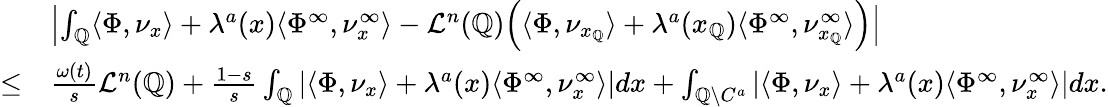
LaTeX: \begin{array}{rl}&{\left|\int_{\mathbb{Q}}\langle\Phi,\nu_{x}\rangle+\lambda^{a}(x)\langle\Phi^{\infty},\nu_{x}^{\infty}\rangle-\mathcal{L}^{n}(\mathbb{Q})\Big(\langle\Phi,\nu_{x_{\mathbb{Q}}}\rangle+\lambda^{a}(x_{\mathbb{Q}})\langle\Phi^{\infty},\nu_{x_{\mathbb{Q}}}^{\infty}\rangle\Big)\right|}\\ {\leq}&{\frac{\omega(t)}{s}\mathcal{L}^{n}(\mathbb{Q})+\frac{1-s}{s}\int_{\mathbb{Q}}|\langle\Phi,\nu_{x}\rangle+\lambda^{a}(x)\langle\Phi^{\infty},\nu_{x}^{\infty}\rangle|dx+\int_{\mathbb{Q}\setminus C^{a}}|\langle\Phi,\nu_{x}\rangle+\lambda^{a}(x)\langle\Phi^{\infty},\nu_{x}^{\infty}\rangle|dx.}\end{array}